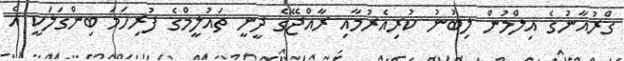
ގްރުއާނުގެ އިލްމުން ލިބުނު ކުރިއެރުމާއި ރާއްޖޭގެ ދީނީ ތައުލީމްގެ ފުރިހަމަ ބިންގަލަކީ އެ